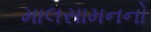
માલસામનનો